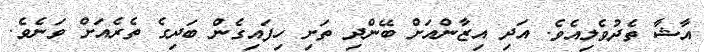
އާޝާ ތެދުވެލިއެވެ. އަދި އިޒާންއަށް ބޭންދި ތަށި ހިފައިގެން ބަދިގެ ތެރެއަށް ވަނެވެ.